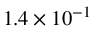
1 . 4 \times 1 0 ^ { - 1 }